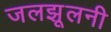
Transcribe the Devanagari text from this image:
जलझूलनी